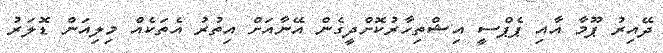
ދޭއިރު ޕޫމާ އާއި ޕެޕްސީ އިޝްތިހާރުކޮށްދީގެން އޭނާއަށް އިތުރު އެތަކެއް މިލިއަން ޑޮލަރު